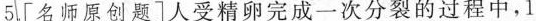
5.[名师原创题]人受精卵完成一次分裂的过程中，1